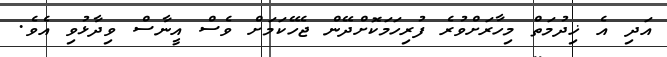
އަދި އެ ޚިދުމަތް މިހާރަށްވުރެ ފުރިހަމަކޮށްދޭން ޖެހޭކަމަށް ވެސް އީނާސް ވިދާޅުވި އެވެ.